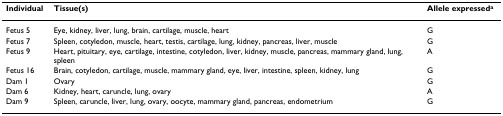
<table><thead><tr><td><b>Individual</b></td><td><b>Tissue(s)</b></td><td><b>Allele expressed<sup>a</sup></b></td></tr></thead><tbody><tr><td>Fetus 5</td><td>Eye, kidney, liver, lung, brain, cartilage, muscle, heart</td><td>G</td></tr><tr><td>Fetus 7</td><td>Spleen, cotyledon, muscle, heart, testis, cartilage, lung, kidney, pancreas, liver, muscle</td><td>G</td></tr><tr><td>Fetus 9</td><td>Heart, pituitary, eye, cartilage, intestine, cotyledon, liver, kidney, muscle, pancreas, mammary gland, lung, spleen</td><td>A</td></tr><tr><td>Fetus 16</td><td>Brain, cotyledon, cartilage, muscle, mammary gland, eye, liver, intestine, spleen, kidney, lung</td><td>G</td></tr><tr><td>Dam 1</td><td>Ovary</td><td>G</td></tr><tr><td>Dam 6</td><td>Kidney, heart, caruncle, lung, ovary</td><td>A</td></tr><tr><td>Dam 9</td><td>Spleen, caruncle, liver, lung, ovary, oocyte, mammary gland, pancreas, endometrium</td><td>G</td></tr></tbody></table>